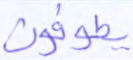
يطوفون